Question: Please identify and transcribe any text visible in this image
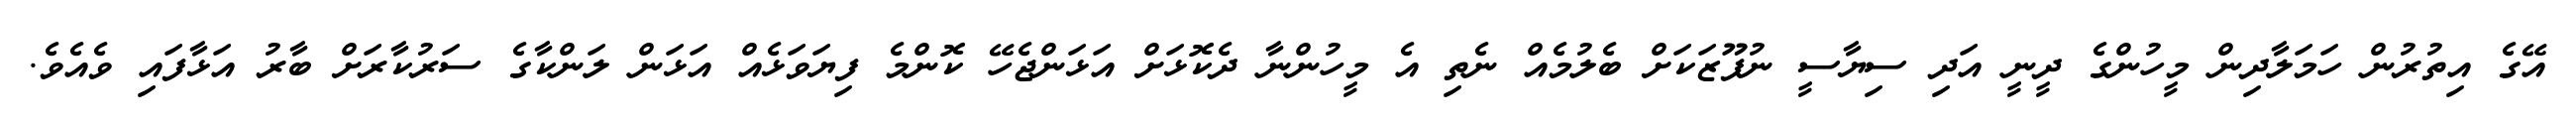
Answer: އޭގެ އިތުރުން ހަމަލާދިން މީހުންގެ ދީނީ އަދި ސިޔާސީ ނުފޫޒަކަށް ބެލުމެއް ނެތި އެ މީހުންނާ ދެކޮޅަށް އަޅަންޖެހޭ ކޮންމެ ފިޔަވަޅެއް އަޅަން ލަންކާގެ ސަރުކާރަށް ބާރު އަޅާފައި ވެއެވެ.